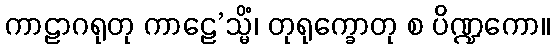
ကာဠာဂရုတု ကာဠေ’သ္မိံ၊ တုရုက္ခောတု စ ပိဏ္ဍကော။